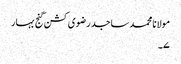
مولانا محمد ساجد رضوی کشن گنج بہار
۷۔